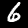
Digit: 6